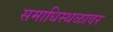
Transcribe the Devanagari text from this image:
समाधिस्थळावर